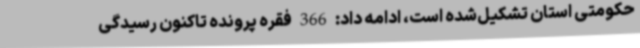
حکومتی استان تشکیل‌شده است، ادامه داد: 366 فقره پرونده تاکنون رسیدگی